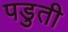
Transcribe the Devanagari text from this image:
पडुती